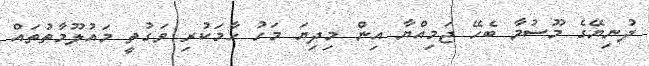
ދުނިޔޭގެ މޫސުމާ ބެހޭ ޖަމިއްޔާ އިން މިދިޔަ މަހު ހާމަކުރި ވަގުތީ މައުލޫމާތުތައް